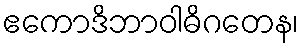
ဧကောဒိဘာဝါဓိဂတေန၊